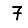
Digit: 7